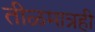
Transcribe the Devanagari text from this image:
तीळमात्रही